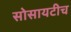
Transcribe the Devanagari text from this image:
सोसायटीच